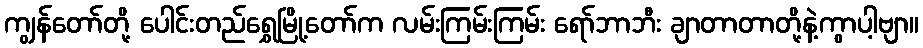
ကျွန်တော်တို့ ပေါင်းတည်ရွှေမြို့တော်က လမ်းကြမ်းကြမ်း ရော်ဘာဘီး ချာတာတာတို့နဲ့ကွာပါ့ဗျာ။